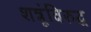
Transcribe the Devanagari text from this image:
शत्रूंविरुद्ध